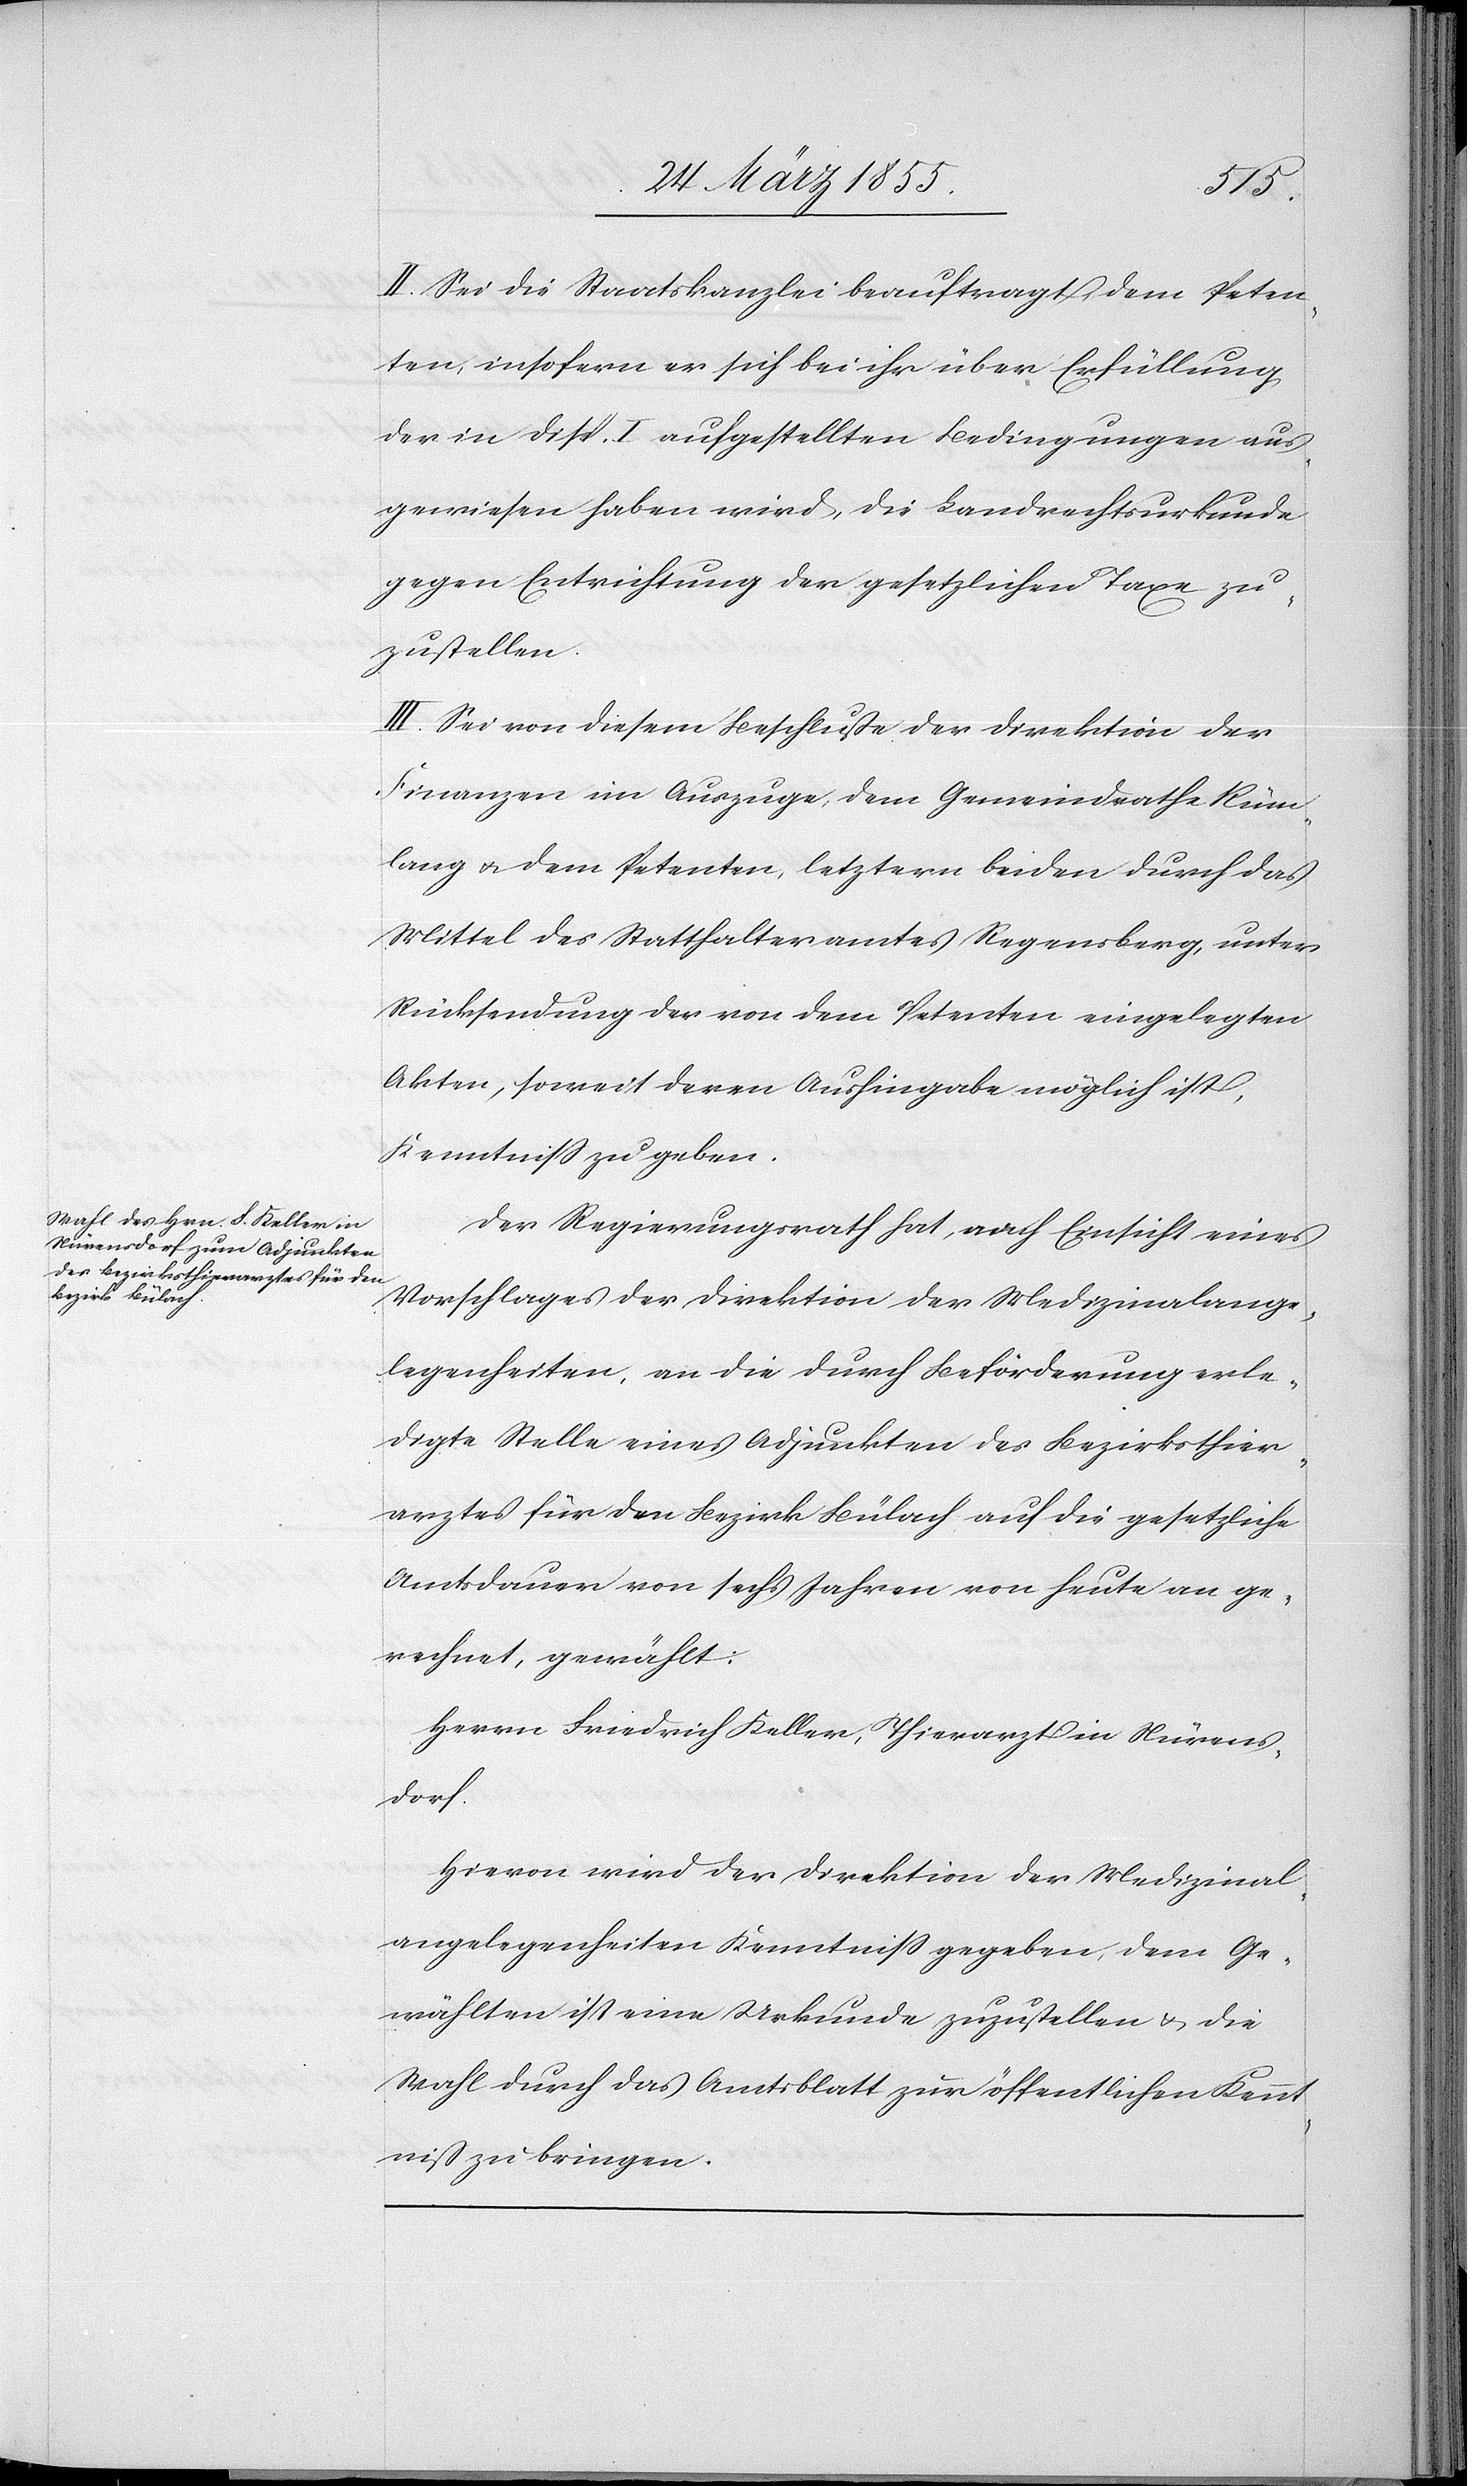
II. Sei die Staatskanzlei beauftragt, dem Peten¬
ten, insofern er sich bei ihr über Erfüllung
der in Disp. I. aufgestellten Bedingungen aus¬
gewiesen haben wird, die Landrechtsurkunde
gegen Entrichtung der gesetzlichen Taxe zu¬
zustellen.
III Sei von diesem Beschluße der Direktion der
Finanzen im Auszuge, dem Gemeindrathe Rüm¬
lang & dem Petenten, letztern beiden durch das
Mittel des Statthalteramtes Regensberg, unter
Rücksendung der von dem Petenten eingelegten
Akten, soweit deren Aushingabe möglich ist,
Kenntniss zu geben.
Der Regierungsrath hat, nach Einsicht eines
Vorschlages der Direktion der Medizinalange¬
legenheiten, an die durch Beförderung erle¬
digte Stelle eines Adjunkten des Bezirksthier¬
arztes für den Bezirk Bülach auf die gesetzliche
Amtsdauer von sechs Jahren von heute an ge¬
rechnet, gewählt:
Herrn Friedrich Keller, Thierarzt in Nürens¬
dorf.
Hievon wird der Direktion der Medizinal¬
angelegenheiten Kenntniss gegeben, dem Ge¬
wählten ist eine Urkunde zuzustellen & die
Wahl durch das Amtsblatt zur öffentlichen Kennt¬
niß zu bringen.